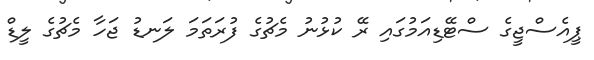
ޕީއެސްޖީގެ ސްޓޭޑިއަމުގައި ރޭ ކުޅުނު މެޗުގެ ފުރަތަމަ ލަނޑު ޖަހާ މެޗުގެ ލީޑް